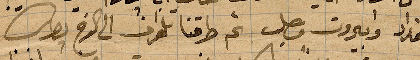
لبغداد وبيروت وصل ثم طرقنا تلغراف الى الأخ بطرس